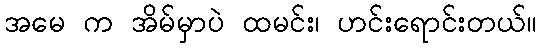
အမေ က အိမ်မှာပဲ ထမင်း၊ ဟင်းရောင်းတယ်။